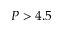
P > 4 . 5